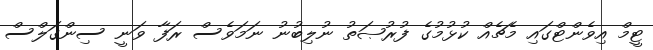
ޓީމް އިވެންޓްގައި މެޗެއް ކުޅުމުގެ ފުރުޞަތު ނުލިބުނު ނަމަވެސް ރަފާ ވަނީ ސިންގަލްސް